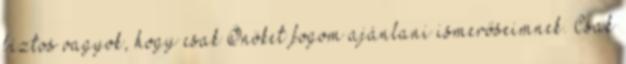
biztos vagyok, hogy csak Önöket fogom ajánlani ismerőseimnek. Csak